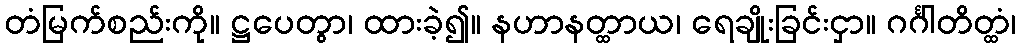
တံမြက်စည်းကို။ ဋ္ဌပေတွာ၊ ထားခဲ့၍။ နဟာနတ္ထာယ၊ ရေချိုးခြင်းငှာ။ ဂင်္ဂါတိတ္ထံ၊